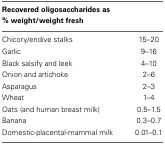
<table><thead><tr><td><b>Recovered oligosaccharides as % weight/weight fresh</b></td><td></td></tr></thead><tbody><tr><td>Chicory/endive stalks</td><td>15–20</td></tr><tr><td>Garlic</td><td>9–16</td></tr><tr><td>Black salsify and leek</td><td>4–10</td></tr><tr><td>Onion and artichoke</td><td>2–6</td></tr><tr><td>Asparagus</td><td>2–3</td></tr><tr><td>Wheat</td><td>1–4</td></tr><tr><td>Oats (and human breast milk)</td><td>0.5–1.5</td></tr><tr><td>Banana</td><td>0.3–0.7</td></tr><tr><td>Domestic-placental-mammal milk</td><td>0.01–0.1</td></tr></tbody></table>